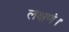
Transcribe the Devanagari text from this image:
लक्षणं।